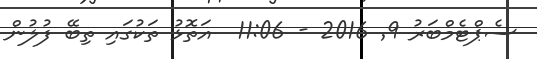
ސެޕްޓެމްބަރު 9